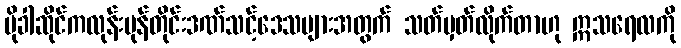
မိုခါဆိုင်ကလုန်းမုန်တိုင်းဒဏ်သင့်ဒေသများအတွက် သတ်မှတ်လိုက်တာဟု ဣသရေလကို